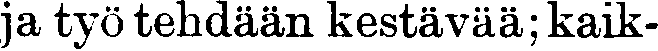
ja työ tehdään kestävää; kaik-